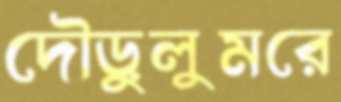
দৌড়ুলুমরে